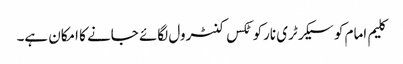
کلیم امام کو سیکرٹری نارکوٹکس کنٹرول لگائے جانے کا امکان ہے۔